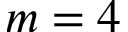
m = 4